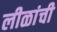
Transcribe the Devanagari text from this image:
लीळांची